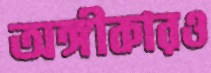
অঙ্গীকারও